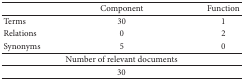
|  | Component | Function |
 | --- | --- | --- |
 | Terms | 30 | 1 |
 | Relations | 0 | 2 |
 | Synonyms | 5 | 0 |
 | <COLSPAN=3> Number of relevant documents |
 | <COLSPAN=3> 30 |